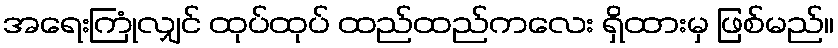
အရေးကြုံလျှင် ထုပ်ထုပ် ထည်ထည်ကလေး ရှိထားမှ ဖြစ်မည်။